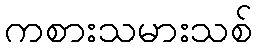
ကစားသမားသစ်